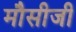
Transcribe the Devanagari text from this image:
मौसीजी